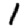
Digit: 1